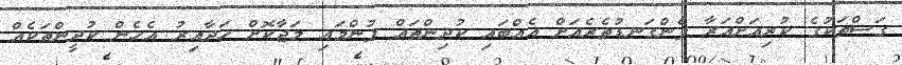
ގަސްތަކުގެ ކުރިއަށްއަރާ ފެންގަނޑުތެރެއަށް އެއްބައި ކުދިންތައް ފުންމައި މަޖާކޮށް ހަދާއިރު އެހެން ކުދީންތަކެއް